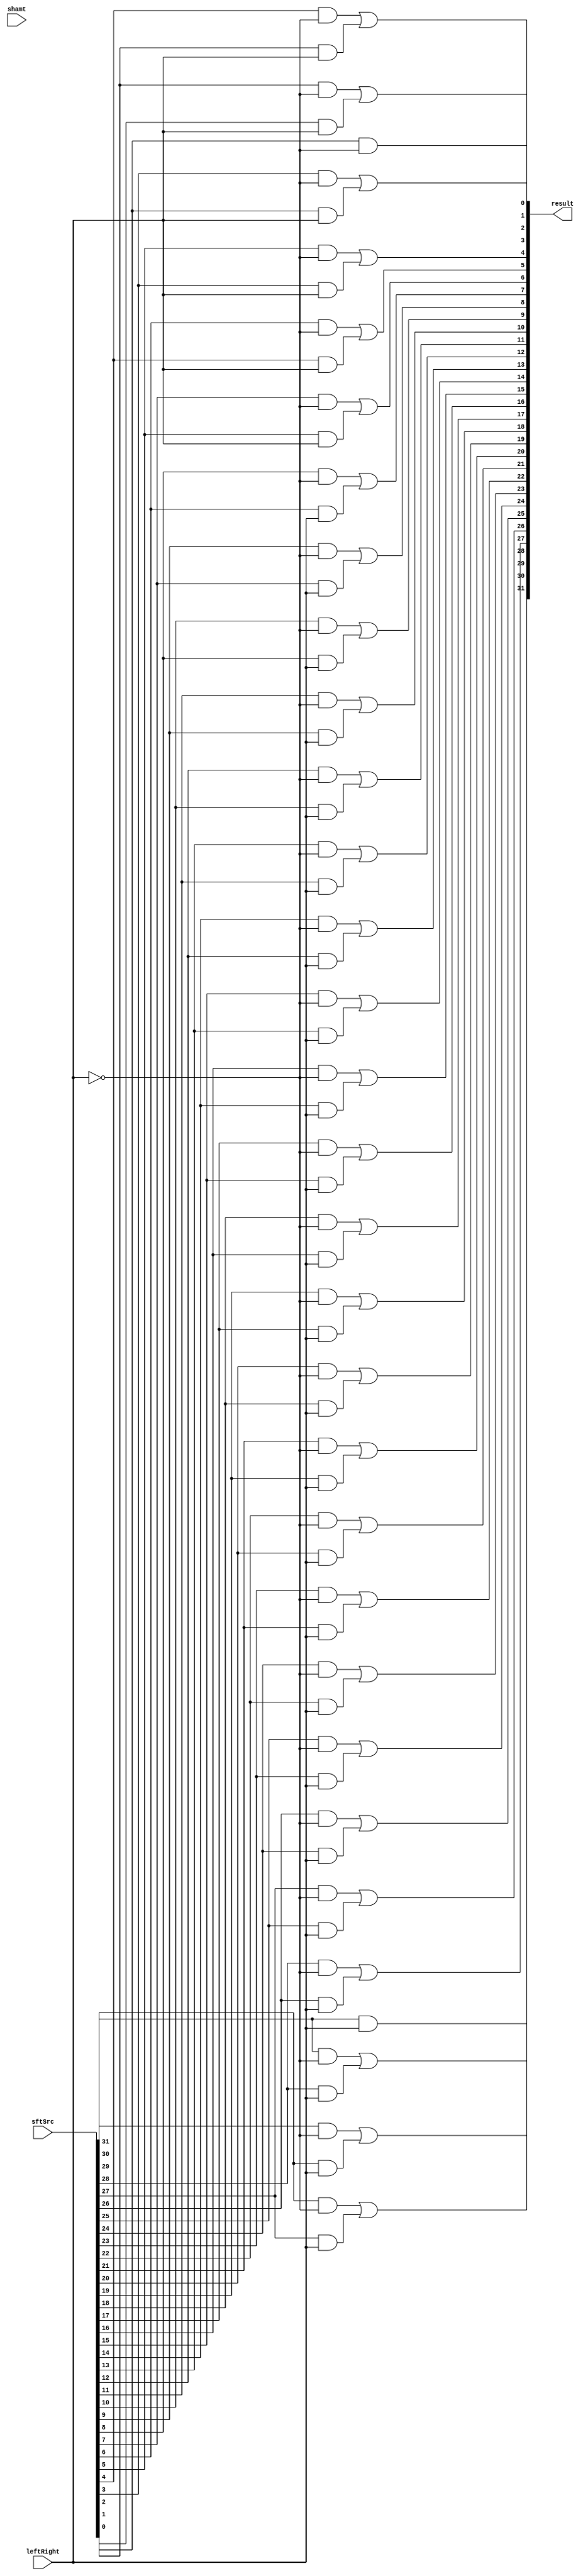
module Shifter( result, leftRight, shamt, sftSrc  );
    
  output wire[31:0] result;

  input wire leftRight;
  input wire[4:0] shamt;
  input wire[31:0] sftSrc ;
  
  /*your code here*/ 
  wire [31:0] ls;
  wire [31:0] rs;
  
  and(rs[31], sftSrc[31], ~leftRight);
  and(rs[30], sftSrc[30], ~leftRight);
  and(rs[29], sftSrc[29], ~leftRight);
  and(rs[28], sftSrc[28], ~leftRight);
  and(rs[27], sftSrc[27], ~leftRight);
  and(rs[26], sftSrc[26], ~leftRight);
  and(rs[25], sftSrc[25], ~leftRight);
  and(rs[24], sftSrc[24], ~leftRight);
  and(rs[23], sftSrc[23], ~leftRight);
  and(rs[22], sftSrc[22], ~leftRight);
  and(rs[21], sftSrc[21], ~leftRight);
  and(rs[20], sftSrc[20], ~leftRight);
  and(rs[19], sftSrc[19], ~leftRight);
  and(rs[18], sftSrc[18], ~leftRight);
  and(rs[17], sftSrc[17], ~leftRight);
  and(rs[16], sftSrc[16], ~leftRight);
  and(rs[15], sftSrc[15], ~leftRight);
  and(rs[14], sftSrc[14], ~leftRight);
  and(rs[13], sftSrc[13], ~leftRight);
  and(rs[12], sftSrc[12], ~leftRight);
  and(rs[11], sftSrc[11], ~leftRight);
  and(rs[10], sftSrc[10], ~leftRight);
  and(rs[9], sftSrc[9], ~leftRight);
  and(rs[8], sftSrc[8], ~leftRight);
  and(rs[7], sftSrc[7], ~leftRight);
  and(rs[6], sftSrc[6], ~leftRight);
  and(rs[5], sftSrc[5], ~leftRight);
  and(rs[4], sftSrc[4], ~leftRight);
  and(rs[3], sftSrc[3], ~leftRight);
  and(rs[2], sftSrc[2], ~leftRight);
  and(rs[1], sftSrc[1], ~leftRight);
  
  and(ls[31], sftSrc[30], leftRight);
  and(ls[30], sftSrc[29], leftRight);
  and(ls[29], sftSrc[28], leftRight);
  and(ls[28], sftSrc[27], leftRight);
  and(ls[27], sftSrc[26], leftRight);
  and(ls[26], sftSrc[25], leftRight);
  and(ls[25], sftSrc[24], leftRight);
  and(ls[24], sftSrc[23], leftRight);
  and(ls[23], sftSrc[22], leftRight);
  and(ls[22], sftSrc[21], leftRight);
  and(ls[21], sftSrc[20], leftRight);
  and(ls[20], sftSrc[19], leftRight);
  and(ls[19], sftSrc[18], leftRight);
  and(ls[18], sftSrc[17], leftRight);
  and(ls[17], sftSrc[16], leftRight);
  and(ls[16], sftSrc[15], leftRight);
  and(ls[15], sftSrc[14], leftRight);
  and(ls[14], sftSrc[13], leftRight);
  and(ls[13], sftSrc[12], leftRight);
  and(ls[12], sftSrc[11], leftRight);
  and(ls[11], sftSrc[10], leftRight);
  and(ls[10], sftSrc[9], leftRight);
  and(ls[9], sftSrc[8], leftRight);
  and(ls[8], sftSrc[7], leftRight);
  and(ls[7], sftSrc[6], leftRight);
  and(ls[6], sftSrc[5], leftRight);
  and(ls[5], sftSrc[4], leftRight);
  and(ls[4], sftSrc[3], leftRight);
  and(ls[3], sftSrc[2], leftRight);
  and(ls[2], sftSrc[1], leftRight);
  and(ls[1], sftSrc[0], leftRight);
  
  or(result[31], 0, ls[31]);
  or(result[30], rs[31], ls[30]);
  or(result[29], rs[30], ls[29]);
  or(result[28], rs[29], ls[28]);
  or(result[27], rs[28], ls[27]);
  or(result[26], rs[27], ls[26]);
  or(result[25], rs[26], ls[25]);
  or(result[24], rs[25], ls[24]);
  or(result[23], rs[24], ls[23]);
  or(result[22], rs[23], ls[22]);
  or(result[21], rs[22], ls[21]);
  or(result[20], rs[21], ls[20]);
  or(result[19], rs[20], ls[19]);
  or(result[18], rs[19], ls[18]);
  or(result[17], rs[18], ls[17]);
  or(result[16], rs[17], ls[16]);
  or(result[15], rs[16], ls[15]);
  or(result[14], rs[15], ls[14]);
  or(result[13], rs[14], ls[13]);
  or(result[12], rs[13], ls[12]);
  or(result[11], rs[12], ls[11]);
  or(result[10], rs[11], ls[10]);
  or(result[9], rs[10], ls[9]);
  or(result[8], rs[9], ls[8]);
  or(result[7], rs[8], ls[7]);
  or(result[6], rs[7], ls[6]);
  or(result[5], rs[6], ls[5]);
  or(result[4], rs[5], ls[4]);
  or(result[3], rs[4], ls[3]);
  or(result[2], rs[3], ls[2]);
  or(result[1], rs[2], ls[1]);
  or(result[0], rs[1], 0);
	
endmodule